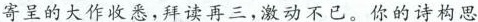
寄呈的大作收悉，拜读再三，激动不已。你的诗构思